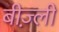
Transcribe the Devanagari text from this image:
बीज़्ली